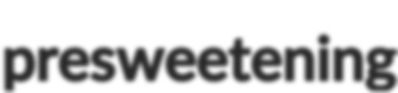
presweetening